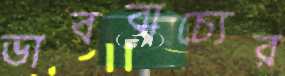
ভাববাচ্যের